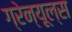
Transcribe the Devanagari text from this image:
ग्रेन्यूल्स